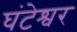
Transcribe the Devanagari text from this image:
घंटेश्वर